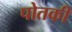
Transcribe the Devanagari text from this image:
पोतकी